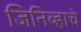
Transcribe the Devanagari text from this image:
जिनिव्हाचे